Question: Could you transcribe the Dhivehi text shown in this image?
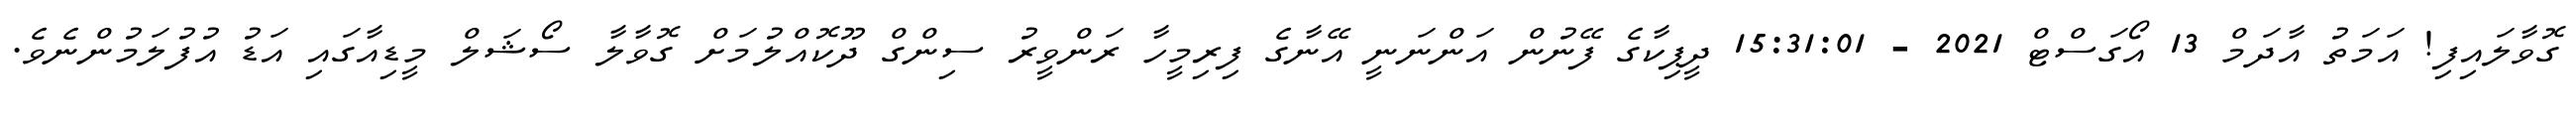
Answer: ގޮވާލައިފި! އަމަތު އާދަމް 13 އޯގަސްޓް 2021 - 15:31:01 ދީޕިކާގެ ފޭނުން އަންނަނީ އޭނާގެ ފިރިމީހާ ރަންވީރު ސިންގް ދޫކޮއްލުމަށް ގޮވާލާ ސޯޝަލް މީޑިއާގައި އަޑު އުފުލަމުންނެވެ.